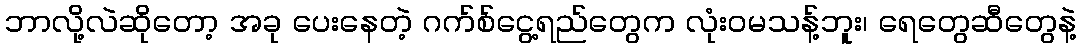
ဘာလို့လဲဆိုတော့ အခု ပေးနေတဲ့ ဂက်စ်ငွေ့ရည်တွေက လုံးဝမသန့်ဘူး၊ ရေတွေဆီတွေနဲ့